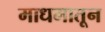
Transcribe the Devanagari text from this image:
माधमातून